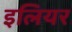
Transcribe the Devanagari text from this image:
इलियर